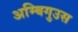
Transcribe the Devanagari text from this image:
अम्बिगुउस